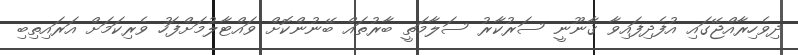
ދިވެހިރާއްޖޭގައި އުފެދިފައިވާ ޤާނޫނީ ސަރުކާރު ސަލާމަތީ ބާރުތައް ބޭނުންކޮށް ވައްޓާލުމަށްފަހު ވެރިކަމަށް އަރައިތިބި